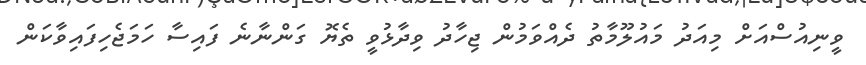
ވީނިއުސްއަށް މިއަދު މައުލޫމާތު ދެއްވަމުން ޖިހާދު ވިދާޅުވީ ތެޔޮ ގަންނާނެ ފައިސާ ހަމަޖެހިފައިވާކަން